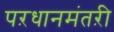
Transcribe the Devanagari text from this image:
पऱधानमंतऱी